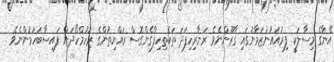
އޭނާގެ މިސާލަކީ ފިރުއައުނުޒަމާނުގައި ގާރޫންނެވެ ރަނާރިހިފަދަ ތަކެތިހިފާގެންގޮސް ރައްޔިތުންގެ ރުހުމްހޯދަން ފައިސާބަހަމުންނެވެ .